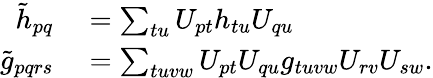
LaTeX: \begin{array}{rl}{\tilde{h}_{pq}}&{{}=\sum_{tu}U_{pt}{h}_{tu}U_{qu}}\\ {\tilde{g}_{pqrs}}&{{}=\sum_{tuvw}U_{pt}U_{qu}{g}_{tuvw}U_{rv}U_{sw}.}\end{array}